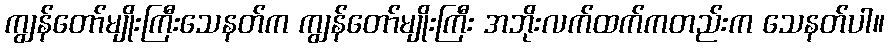
ကျွန်တော်မျိုးကြီးသေနတ်က ကျွန်တော်မျိုးကြီး အဘိုးလက်ထက်ကတည်းက သေနတ်ပါ။